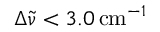
\Delta { \tilde { \upnu } } < 3 . 0 \, \mathrm { c m } ^ { - 1 }